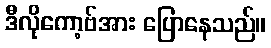
ဒီလိုကော့ဗ်အား ပြောနေသည်။